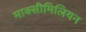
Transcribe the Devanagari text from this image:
माक्सीमिलियन